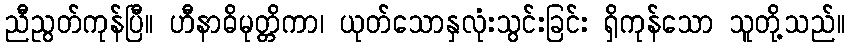
ညီညွတ်ကုန်ပြီ။ ဟီနာဓိမုတ္တိကာ၊ ယုတ်သောနှလုံးသွင်းခြင်း ရှိကုန်သော သူတို့သည်။